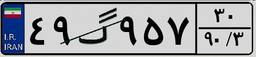
۴۹گ۹۵۷۳۰